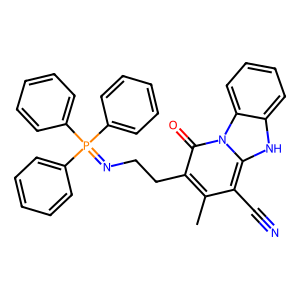
SMILES: Cc1c(CCN=P(c2ccccc2)(c2ccccc2)c2ccccc2)c(=O)n2c([nH]c3ccccc32)c1C#N
Inhibits HIV replication: No